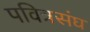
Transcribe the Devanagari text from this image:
पवित्रसंघ